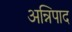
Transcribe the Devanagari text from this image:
अन्निपाद